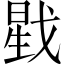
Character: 戥